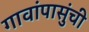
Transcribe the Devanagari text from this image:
गावांपासुंची